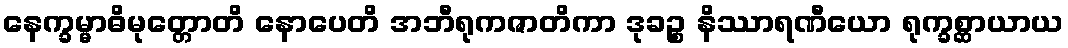
နေက္ခမ္မာဓိမုတ္တောတိ နောပေတိ အဘီရုကဇာတိကာ ဒုခဉ္စ နိဿာရဏီယော ရုက္ခစ္ဆာယာယ